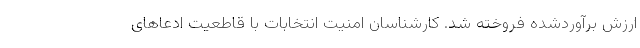
ارزش برآوردشده فروخته شد. کارشناسان امنیت انتخابات با قاطعیت ادعاهای